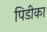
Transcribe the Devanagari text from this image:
पिडीका